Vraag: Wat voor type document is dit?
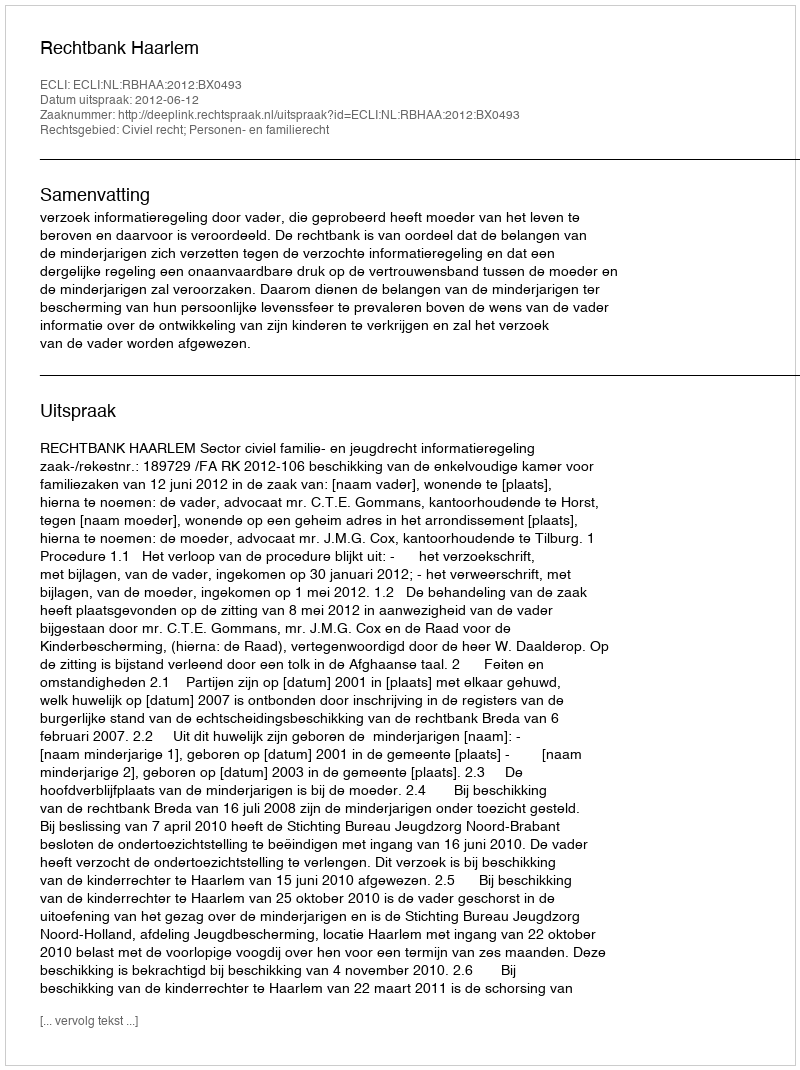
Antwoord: Uitspraak